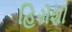
હિરોશી